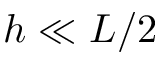
h \ll L / 2